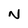
Character: N